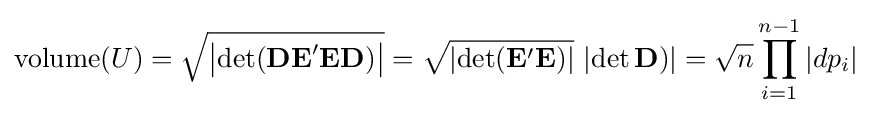
\operatorname {volume} (U)={\sqrt {\left|\operatorname {det} (\mathbf {DE} '\mathbf {ED} )\right|}}={\sqrt {\left|\operatorname {det} (\mathbf {E} '\mathbf {E} )\right|}}\,\left|\operatorname {det} \mathbf {D} )\right|={\sqrt {n}}\prod _{i=1}^{n-1}\left|dp_{i}\right|